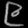
Digit: ၉